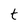
Character: t